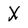
Character: X